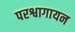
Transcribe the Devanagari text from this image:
परश्वागायन